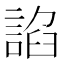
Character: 諂